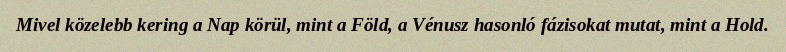
Mivel közelebb kering a Nap körül, mint a Föld, a Vénusz hasonló fázisokat mutat, mint a Hold.